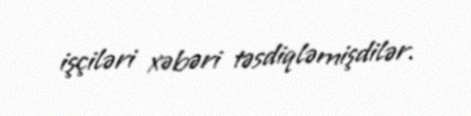
işçiləri xəbəri təsdiqləmişdilər.